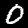
Digit: 0